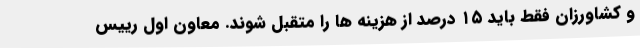
و کشاورزان فقط باید ۱۵ درصد از هزینه ها را متقبل شوند. معاون اول رییس